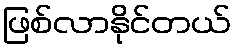
ဖြစ်လာနိုင်တယ်